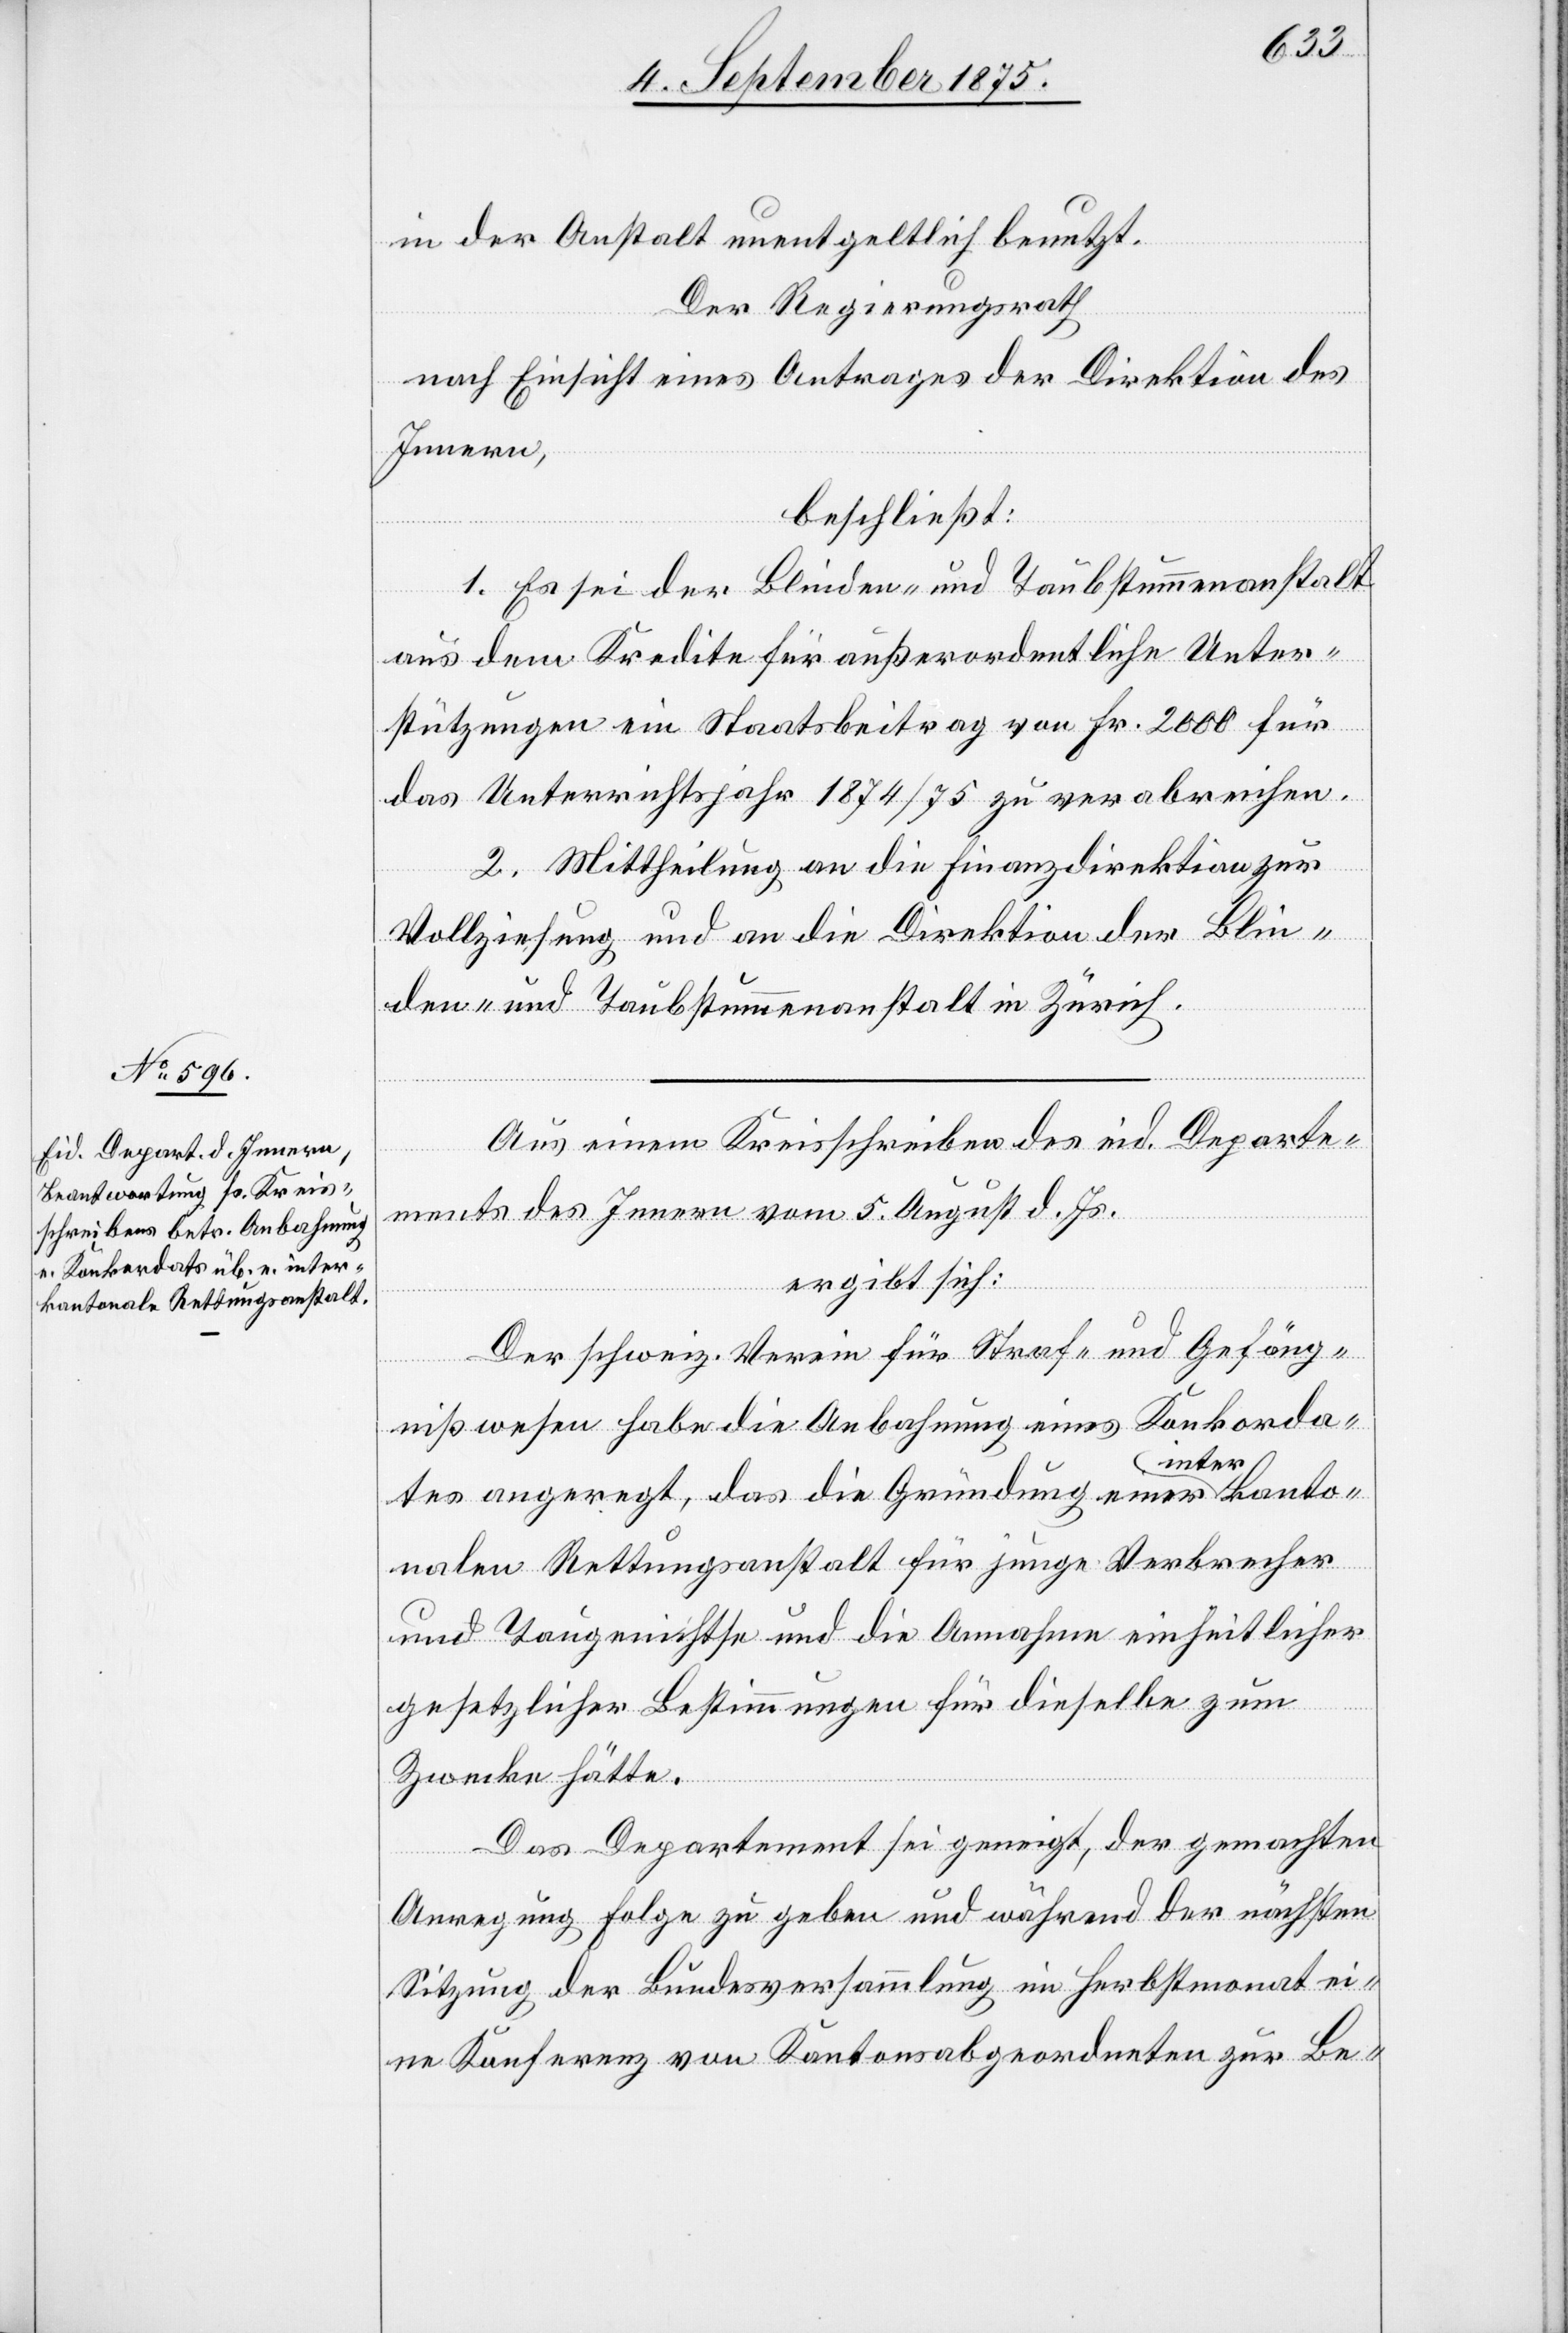
in der Anstalt unentgeltlich benutzt.
Der Regierungsrath
nach Einsicht eines Antrages der Direktion des
Innern,
beschließt:
1. Es sei der Blinden- und Taubstummenanstalt
aus dem Kredite für außerordentliche Unter¬
stützungen ein Staatsbeitrag von Fr. 2000 für
das Unterrichtsjahr 1874/75 zu verabreichen.
2. Mittheilung an die Finanzdirektion zur
Vollziehung und an die Direktion der Blin¬
den- und Taubstummenanstalt in Zürich.
Aus einem Kreisschreiben des eid. Departe¬
ments des Innern vom 5. August d. Js.
ergibt sich:
Der schweiz. Verein für Straf- und Gefäng¬
nißwesen habe die Anbahnung eines Konkorda¬
tes angeregt, das die Gründung einer interkanto¬
nalen Rettungsanstalt für junge Verbrecher
und Taugenichtse und die Annahme einheitlicher
gesetzlicher Bestimmungen für dieselbe zum
Zwecke hätte.
Das Departement sei geneigt, der gemachten
Anregung Folge zu geben und während der nächsten
Sitzung der Bundesversammlung im Herbstmonat ei¬
ne Konferenz von Kantonsabgeordneten zur Be-